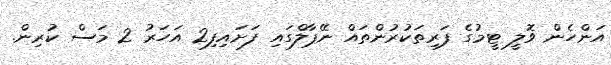
އަންހެން ވޮލީ ޓީމުގެ ފަރިތަކުރުންތައް ނޭޕާލްގައި ފަށައިފި2 އަހަރު 2 މަސް ކުރިން.